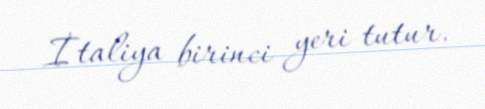
İtaliya birinci yeri tutur.